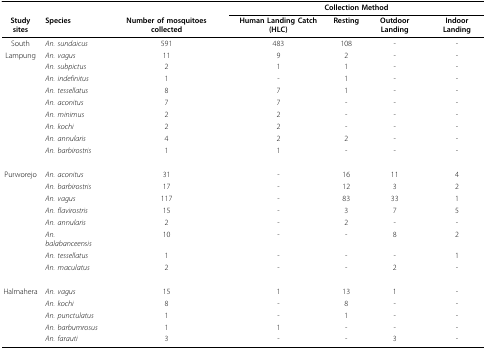
|  |  |  | <COLSPAN=4> Collection Method |
 | Study sites | Species | Number of mosquitoes collected | Human Landing Catch (HLC) | Resting | Outdoor Landing | Indoor Landing |
 | --- | --- | --- | --- | --- | --- | --- |
 | South | An. sundaicus | 591 | 483 | 108 | - | - |
 | Lampung | An. vagus | 11 | 9 | 2 | - | - |
 |  | An. subpictus | 2 | 1 | 1 | - | - |
 |  | An. indefinitus | 1 | - | 1 | - | - |
 |  | An. tessellatus | 8 | 7 | 1 | - | - |
 |  | An. aconitus | 7 | 7 | - | - | - |
 |  | An. minimus | 2 | 2 | - | - | - |
 |  | An. kochi | 2 | 2 | - | - | - |
 |  | An. annularis | 4 | 2 | 2 | - | - |
 |  | An. barbirostris | 1 | 1 | - | - | - |
 | Purworejo | An. aconitus | 31 | - | 16 | 11 | 4 |
 |  | An. barbirostris | 17 | - | 12 | 3 | 2 |
 |  | An. vagus | 117 | - | 83 | 33 | 1 |
 |  | An. flavirostris | 15 | - | 3 | 7 | 5 |
 |  | An. annularis | 2 | - | 2 | - | - |
 |  | An. balabanceensis | 10 | - | - | 8 | 2 |
 |  | An. tessellatus | 1 | - | - | - | 1 |
 |  | An. maculatus | 2 | - | - | 2 | - |
 | Halmahera | An. vagus | 15 | 1 | 13 | 1 | - |
 |  | An. kochi | 8 | - | 8 | - | - |
 |  | An. punctulatus | 1 | - | 1 | - | - |
 |  | An. barbumrosus | 1 | 1 | - | - | - |
 |  | An. farauti | 3 | - | - | 3 | - |